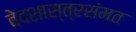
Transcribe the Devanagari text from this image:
वेदशास्त्रसंमत